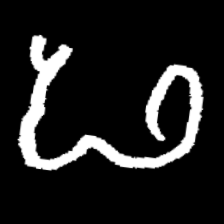
Pyu character \u2014 Myanmar letter: ဖ (romanized: pha)